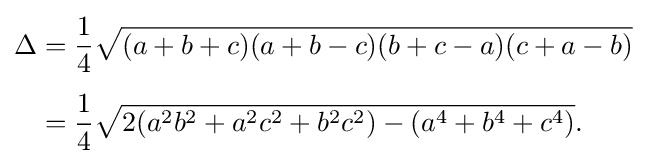
{\begin{aligned}\Delta &{}={\frac {1}{4}}{\sqrt {(a+b+c)(a+b-c)(b+c-a)(c+a-b)}}\\[4pt]&{}={\frac {1}{4}}{\sqrt {2(a^{2}b^{2}+a^{2}c^{2}+b^{2}c^{2})-(a^{4}+b^{4}+c^{4})}}.\end{aligned}}